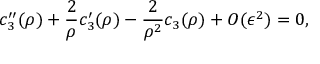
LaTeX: c _ { 3 } ^ { \prime \prime } ( \rho ) + \frac { 2 } { \rho } c _ { 3 } ^ { \prime } ( \rho ) - \frac { 2 } { \rho ^ { 2 } } c _ { 3 } ( \rho ) + O ( \epsilon ^ { 2 } ) = 0 ,